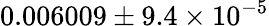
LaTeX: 0.006009\pm 9.4\times 10^{-5}